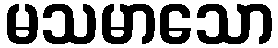
မသမာသော